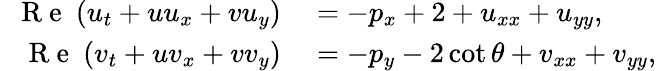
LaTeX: \begin{array}{rl}{\mathrm{~\textit~{~R~e~}~}(u_{t}+uu_{x}+vu_{y})}&{{}=-p_{x}+2+u_{xx}+u_{yy},}\\ {\mathrm{~\textit~{~R~e~}~}(v_{t}+uv_{x}+vv_{y})}&{{}=-p_{y}-2\cot\theta+v_{xx}+v_{yy},}\end{array}